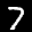
Label: 7